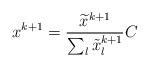
LaTeX: \begin{align*}x^{k+1}=\frac{\widetilde{x}^{k+1}}{\sum_{l}\tilde{x}^{k+1}_{l}}C\end{align*}